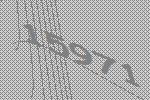
15971